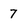
Character: 7